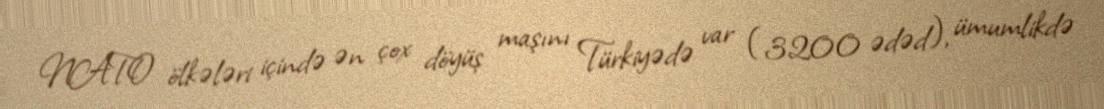
NATO ölkələri içində ən çox döyüş maşını Türkiyədə var (3200 ədəd), ümumlikdə